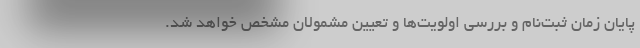
پایان زمان ثبت‌نام و بررسی اولویت‌ها و تعیین مشمولان مشخص خواهد شد.